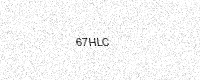
Text: 67HLC